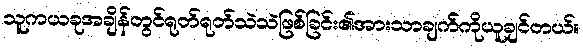
သူကယခုအချိန်တွင်ရုတ်ရုတ်သဲသဲဖြစ်ခြင်း၏အားသာချက်ကိုယူချင်တယ်။